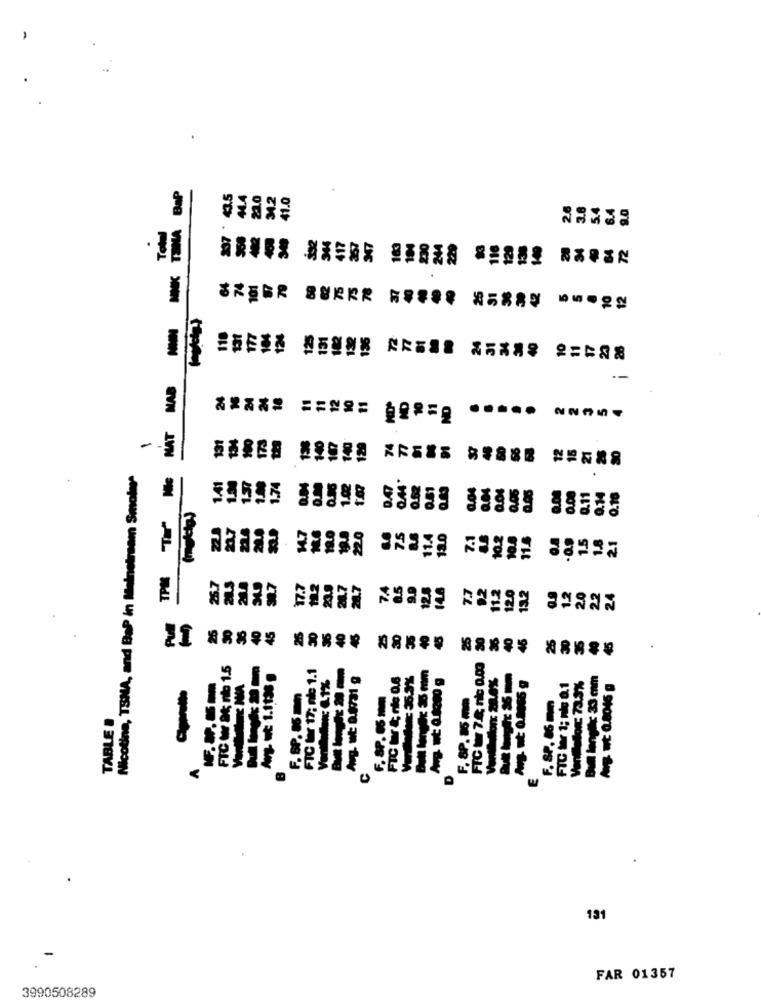
BAP
4.2
41.0
MAB
--
NAT
Nicotine, TSNA, and BaP in Meinetream Smolere
20
11.5
25.7
17.
23.
7.4
8.5
9.9
12.5
148
120
92
11.2
13.2
25
25
25
A: nio 1.5
FIC W 17; nlc 1.1
K7 35 mm
FTC W 7.4 nc 0.00
FTC tor &; nie 0,6
5.3%
FIC tor 1; no 0.1
niefor 73.3%
Bull longh: 33 cm
FIC W OS W
F. SP. 85 mm
Awg wit 0.8015 g
F. SP. 05 mm
F. 8P. 85 m
F. 8P. 16 mm
TABLE B
131
FAR 01357
3990508289